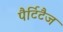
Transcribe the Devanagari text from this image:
पैर्टिटैज